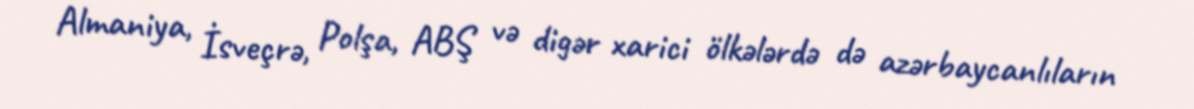
Almaniya, İsveçrə, Polşa, ABŞ və digər xarici ölkələrdə də azərbaycanlıların